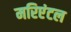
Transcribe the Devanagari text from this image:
मरिएंटल